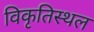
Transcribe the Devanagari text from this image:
विकृतिस्थल